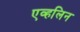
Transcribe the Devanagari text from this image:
एव्हलिन